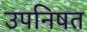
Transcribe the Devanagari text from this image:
उपनिषत